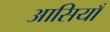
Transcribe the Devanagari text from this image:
आसियाँ